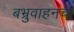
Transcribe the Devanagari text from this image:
बभ्रुवाहनचा